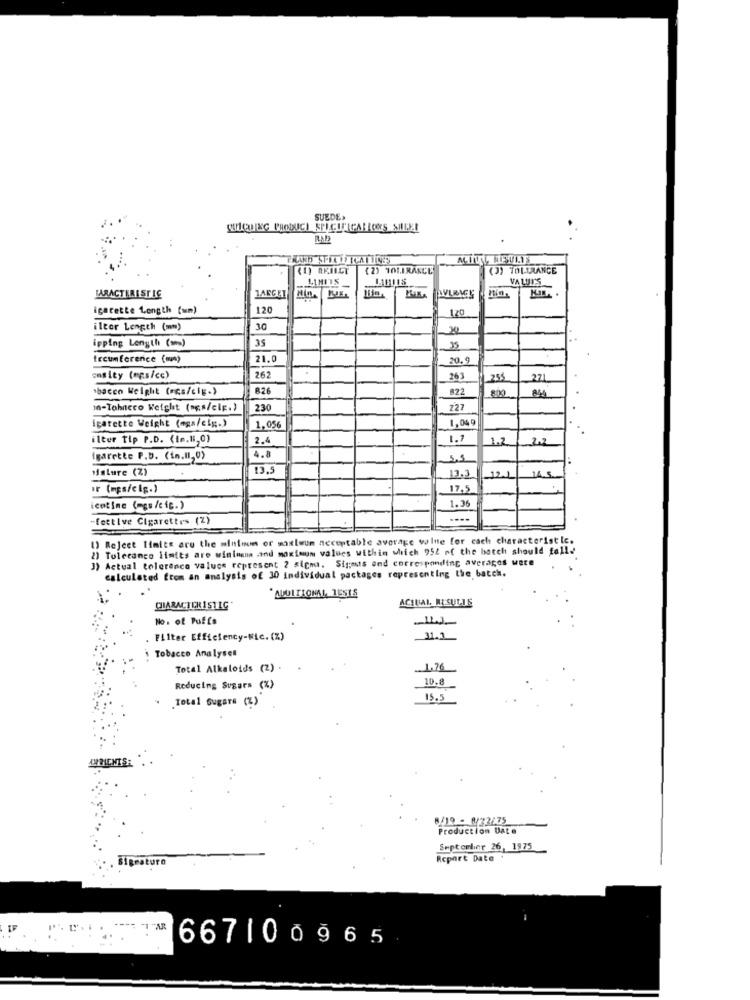
SUEDE>
(2) 101.FRANCE
(3) TOLERANCE
VALUES
1ARGET
igarette Length (um)
120
120
iltor Length (mm)
30
20
35
ipping Length (s)
tecumference (mn)
21.0
20.9
omsity (mes/cc)
262
263
255
271
bacco Weight (acs/cig.)
826
800
30-Tobacco Weight (sgs/clp.)
230
227
igarette Weight (man/clp.)
1,049
1,05
ilter tip P.D. (in.8,0)
2.4
1.7
1.2
22
Igarette P.D. (in.Il, 0)
4.8
Misture (Z)
13,5
121
13.3
IF (mgs/ciş.)
17.5
1.36
icetine (mgs /cit. )
-fettive Cigarettes (2)
1) Reject limits aru the minimum or waxleum neceptable average value for cach characteristic.
2) Tolerance limits are wininns and maximum values within which 952 of the batch should fall.
3) Actual tolerence values represent 2 sigmu. Sigmas and corresponding averages were
calculated from an analysis of 30 individual packages representing the batch.
*ADDITIONAL, 15515
ACILIAL RESULTS
CHARACTER ISTIC
No. of Puffa
Filter Efficiency-Nic. (%)
31.1_
Tobacco Analyses
Total Alkaloids (2)
1.76
10.8
Reducing Sugars (%)
Total Sugare (Z)
15.5
8/19 - 1/22/75
Production Date
September 26, 1975
Signature
Report Date+
TAR
66710 0 965